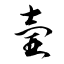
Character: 壼